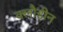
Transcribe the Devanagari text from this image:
क्लौडीन